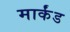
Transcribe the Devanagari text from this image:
मार्कंड